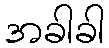
အခါခါ